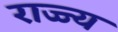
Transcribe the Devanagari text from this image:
राज्ज्य